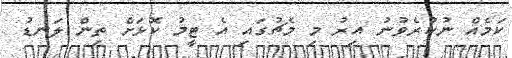
ކަމެއް ނުކުރެވުނު އިރު މި މެޗުގައި އެ ޓީމު ކޮޅަށް ތިން ލަނޑު